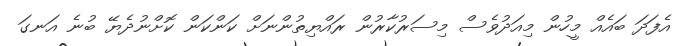
އެފަދަ ބައެއް މީހުން މިއަދުވެސް މިސަރުކާރުން ރައްޔިތުންނަށް ކަންކަން ކޮށްނުދެޔޭ ބުނެ އަނގަ